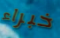
خبراء